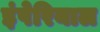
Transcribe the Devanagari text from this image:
इंपेरियाल